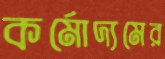
কর্মোদ্যমের